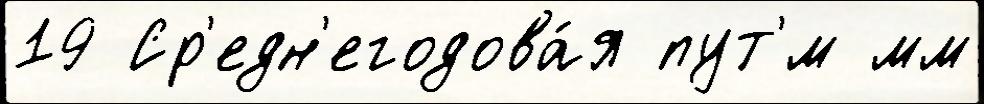
19 Ср'едн'егодова́я пут'́м мм